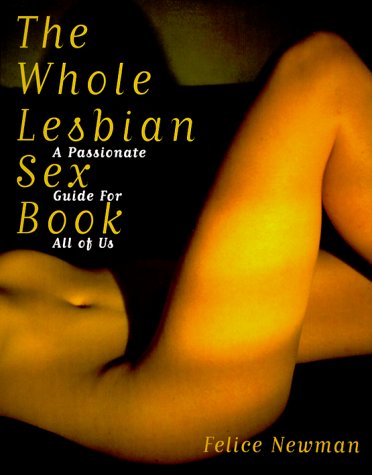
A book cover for The Whole Lesbian Sex Book: A Passionate Guide for All of Us; Felice Newman; Gay & Lesbian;